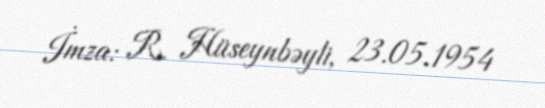
İmza: R. Hüseynbəyli, 23.05.1954